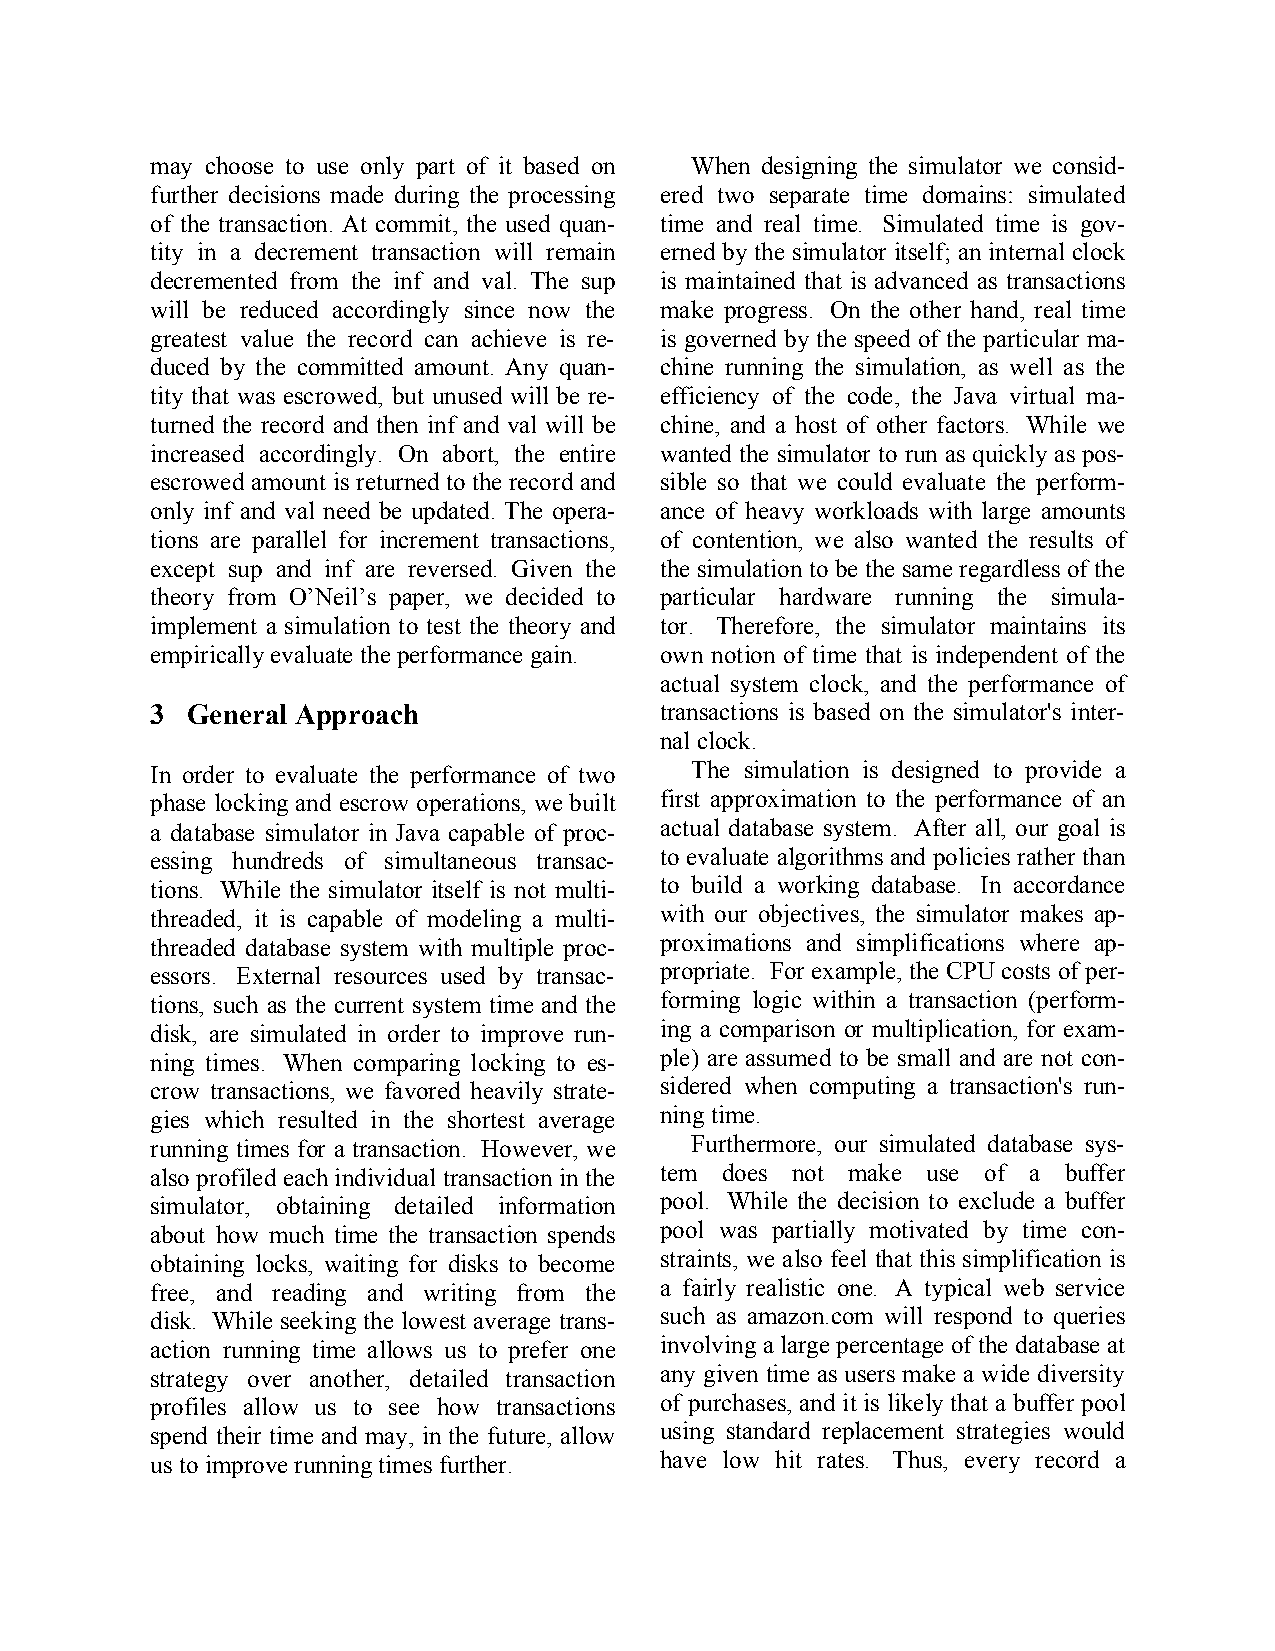
may choose to use only part of it based on When designing the simulator we consid-
 further decisions made during the processing ered two separate time domains: simulated
 of the transaction. At commit, the used quan- time and real time. Simulated time is gov-
 tity in a decrement transaction will remain erned by the simulator itself; an internal clock
 decremented from the inf and val. The sup is maintained that is advanced as transactions
 will be reduced accordingly since now the make progress. On the other hand, real time
 greatest value the record can achieve is re- is governed by the speed of the particular ma-
 duced by the committed amount. Any quan- chine running the simulation, as well as the
 tity that was escrowed, but unused will be re- efficiency of the code, the Java virtual ma-
 turned the record and then inf and val will be chine, and a host of other factors. While we
 increased accordingly. On abort, the entire wanted the simulator to run as quickly as pos-
 escrowed amount is returned to the record and sible so that we could evaluate the perform-
 only inf and val need be updated. The opera- ance of heavy workloads with large amounts
 tions are parallel for increment transactions, of contention, we also wanted the results of
 except sup and inf are reversed. Given the the simulation to be the same regardless of the
 theory from O’Neil’s paper, we decided to particular hardware running the simula-
 implement a simulation to test the theory and tor. Therefore, the simulator maintains its
 empirically evaluate the performance gain. own notion of time that is independent of the
 actual system clock, and the performance of
 3 General Approach                transactions is based on the simulator's inter-
 nal clock.
 In order to evaluate the performance of two The simulation is designed to provide a
 phase locking and escrow operations, we built first approximation to the performance of an
 a database simulator in Java capable of proc- actual database system. After all, our goal is
 essing hundreds of simultaneous transac- to evaluate algorithms and policies rather than
 tions. While the simulator itself is not multi- to build a working database. In accordance
 threaded, it is capable of modeling a multi- with our objectives, the simulator makes ap-
 threaded database system with multiple proc- proximations and simplifications where ap-
 essors. External resources used by transac- propriate. For example, the CPU costs of per-
 tions, such as the current system time and the forming logic within a transaction (perform-
 disk, are simulated in order to improve run- ing a comparison or multiplication, for exam-
 ning times. When comparing locking to es- ple) are assumed to be small and are not con-
 crow transactions, we favored heavily strate- sidered when computing a transaction's run-
 gies which resulted in the shortest average ning time.
 running times for a transaction. However, we Furthermore, our simulated database sys-
 also profiled each individual transaction in the tem does not make use of a buffer
 simulator, obtaining detailed information pool. While the decision to exclude a buffer
 about how much time the transaction spends pool was partially motivated by time con-
 obtaining locks, waiting for disks to become straints, we also feel that this simplification is
 free, and reading and writing from the a fairly realistic one. A typical web service
 disk. While seeking the lowest average trans- such as amazon.com will respond to queries
 action running time allows us to prefer one involving a large percentage of the database at
 strategy over another, detailed transaction any given time as users make a wide diversity
 profiles allow us to see how transactions of purchases, and it is likely that a buffer pool
 spend their time and may, in the future, allow using standard replacement strategies would
 us to improve running times further. have low hit rates. Thus, every record a